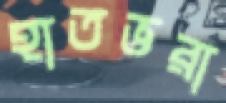
হাতভরা